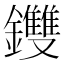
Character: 𨰚